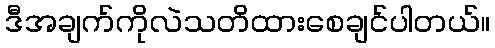
ဒီအချက်ကိုလဲသတိထားစေချင်ပါတယ်။